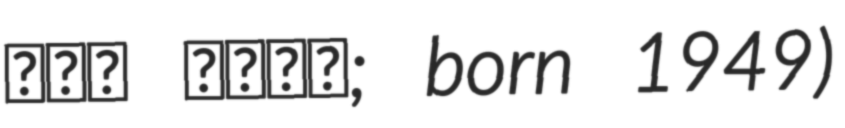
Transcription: משה ינאי; born 1949)